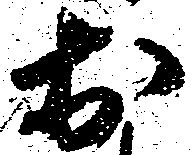
於